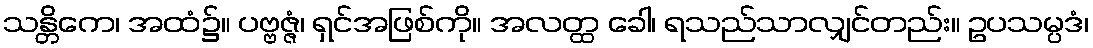
သန္တိကေ၊ အထံ၌။ ပဗ္ဗဇ္ဇံ၊ ရှင်အဖြစ်ကို။ အလတ္ထ ခေါ၊ ရသည်သာလျှင်တည်း။ ဥပသမ္ပဒံ၊